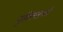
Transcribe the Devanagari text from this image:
युक्लिडची